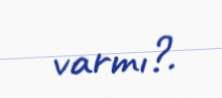
varmı?.